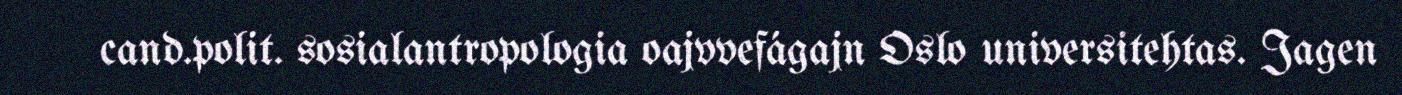
cand.polit. sosialantropologia oajvvefágajn Oslo universitehtas. Jagen